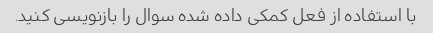
با استفاده از فعل کمکی داده شده سوال را بازنویسی کنید.